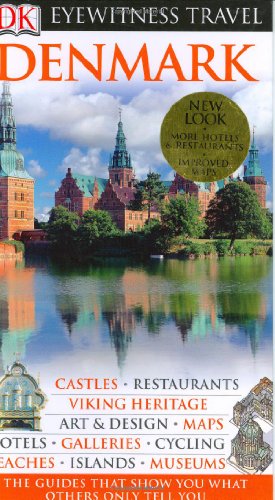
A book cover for Denmark (Eyewitness Travel Guides); DK Publishing; Travel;